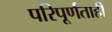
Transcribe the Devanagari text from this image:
परिपूर्णताही